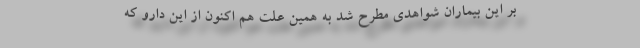
بر این بیماران شواهدی مطرح شد به همین علت هم اکنون از این دارو که